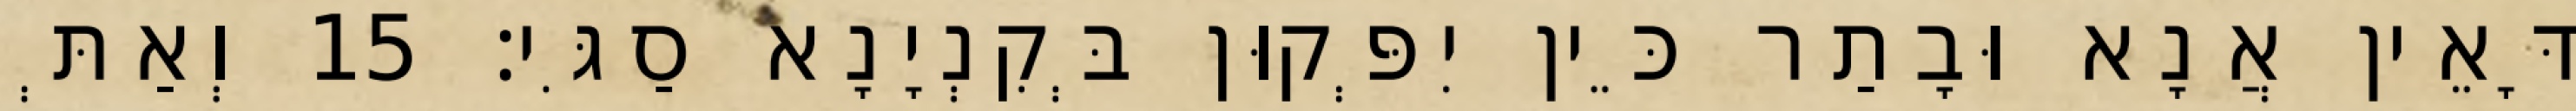
דָּאֵין אֲנָא וּבָתַר כֵּין יִפְּקוּן בְּקִנְיָנָא סַגִּי׃ 15 וְאַתְּ